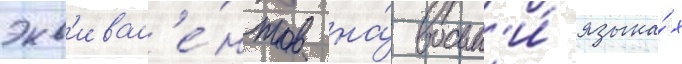
экв'ивал'е́нтов на́ восьм'и́ языка́х